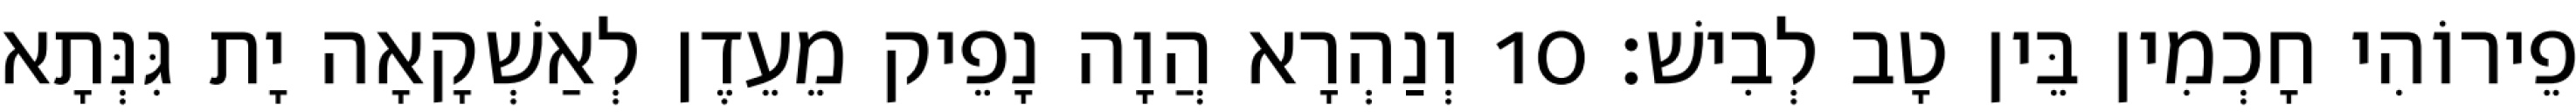
פֵירוֹהִי חָכְמִין בֵּין טָב לְבִישׁ׃ 10 וְנַהְרָא הֲוָה נָפֵיק מֵעֵדֶן לְאַשְׁקָאָה יָת גִּנְּתָא